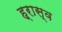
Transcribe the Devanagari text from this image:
ह्रास्व